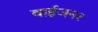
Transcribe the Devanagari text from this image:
वाईजनर